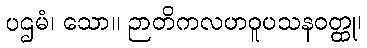
ပဌမံ၊ သော။ ဉာတိကလဟဝူပသနဝတ္ထု၊